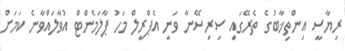
ރިޔާސީ އިންތިޚާބުގެ ތެރޭގައި ސިރިސޭނާ ވަނީ އެޕްރީލް މަހު ޕާލަމެންޓް އުވާލައްވާނެ ކަމަށް